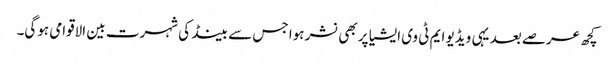
کچھ عرصے بعد یہی ویڈیو ایم ٹی وی ایشیا پر بھی نشر ہوا جس سے بینڈ کی شہرت بین الاقوامی ہوگی۔